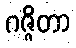
ဂဇ္ဇိတာ